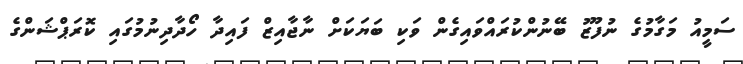
ސަމީއު މަގާމުގެ ނުފޫޒު ބޭނުންކުރައްވައިގެން ވަކި ބަޔަކަށް ނާޖާއިޒް ފައިދާ ހޯދާދިނުމުގައި ކޮރަޕްޝަންގެ